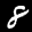
Label: 8